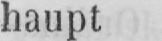
haupt